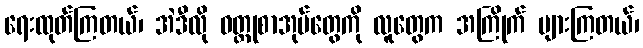
ရေးထုတ်ကြတယ်၊ အဲဒီလို ဝတ္ထုစာအုပ်တွေကို လူတွေက အကြိုက် များကြတယ်၊